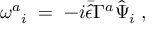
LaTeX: \omega ^ { a } { } _ { i } \; = \; - i \bar { \hat { \epsilon } } \Gamma ^ { a } \hat { \Psi } _ { i } \; , \;